Civil Veterinary Department Bengal reports 1923-33 - 1923-1933
Year: 1923
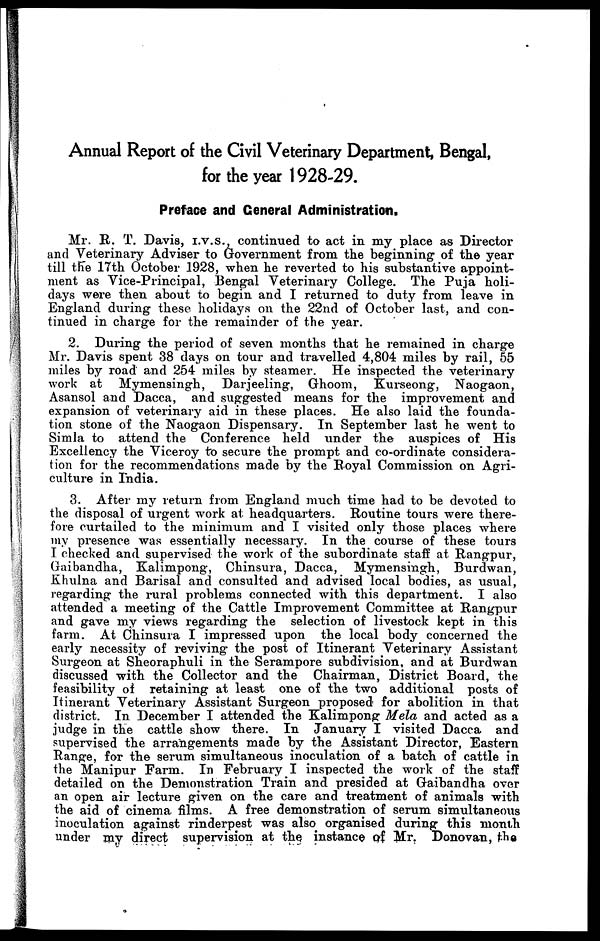
Annual Report of the Civil Veterinary Department, Bengal,
for the year 1928-29.
Preface and General Administration.
Mr. R. T. Davis, I.v.s. continued to act in my place as Director
and Veterinary Adviser to Government from the beginning of the year
till the 17th October 1928, when he reverted to his substantive appoint-
ment as Vice-Principal, Bengal Veterinary College. The Puja holi-
days were then about to begin and I returned to duty from leave in
England during these holidays on the 22nd of October last, and con-
tinued in charge for the remainder of the year.
2. During the period of seven months that he remained in charge
Mr. Davis spent 38 days on tour and travelled 4,804 miles by rail, 55
miles by road and 254 miles by steamer. He inspected the veterinary
work at Mymensingh, Darjeeling, Ghoom, Kurseong, Naogaon,
Asansol and Dacca, and suggested means for the improvement and
expansion of veterinary aid in these places. He also laid the founda-
tion stone of the Naogaon Dispensary. In September last he went to
Simla to attend the Conference held under the auspices of His
Excellency the Viceroy to secure the prompt and co-ordinate considera-
tion for the recommendations made by the Royal Commission on Agri-
culture in India.
3. After my return from England much time had to be devoted to
the disposal of urgent work at headquarters. Routine tours were there-
fore curtailed to the minimum and I visited only those places where
my presence was essentially necessary. In the course of these tours
I checked and supervised the work of the subordinate staff at Rangpur,
Gaibandha, Kalimpong, Chinsura, Dacca, Mymensingh, Burdwan,
Khulna and Barisal and consulted and advised local bodies, as usual,
regarding the rural problems connected with this department. I also
attended a meeting of the Cattle Improvement Committee at Rangpur
and gave my views regarding the selection of livestock kept in this
farm. At Chinsura I impressed upon the local body concerned the
early necessity of reviving the post of Itinerant Veterinary Assistant
Surgeon at Sheoraphuli in the Serampore subdivision, and at Burdwan
discussed with the Collector and the Chairman, District Board, the
feasibility of retaining at least one of the two additional posts of
Itinerant Veterinary Assistant Surgeon proposed for abolition in that
district. In December I attended the Kalimpong Mela and acted as a
judge in the cattle show there. In January I visited Dacca and
supervised the arrangements made by the Assistant Director, Eastern
Range, for the serum simultaneous inoculation of a batch of cattle in
the Manipur Farm. In February I inspected the work of the staff
detailed on the Demonstration Train and presided at Gaibandha over
an open air lecture given on the care and treatment of animals with
the aid of cinema films. A free demonstration of serum simultaneous
inoculation against rinderpest was also organised during this month
under my direct supervision at the instance of Mr. Donovan, the